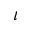
\iota